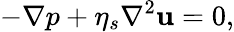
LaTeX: -\nabla p+\eta_{s}\nabla^{2}{\mathbf{u}}=0,